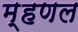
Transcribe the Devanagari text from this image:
म्हणल